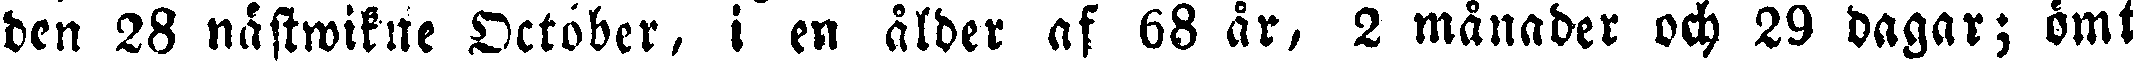
den 28 nästwikne October, i en ålder af 68 år, 2 månader och 29 dagar; ömt